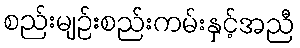
စည်းမျဉ်းစည်းကမ်းနှင့်အညီ